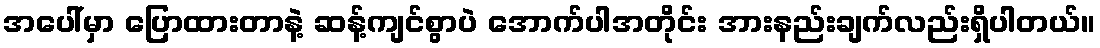
အပေါ်မှာ ပြောထားတာနဲ့ ဆန့်ကျင်စွာပဲ အောက်ပါအတိုင်း အားနည်းချက်လည်းရှိပါတယ်။